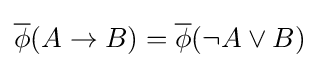
{\overline {\phi }}(A\to B)={\overline {\phi }}(\neg A\lor B)